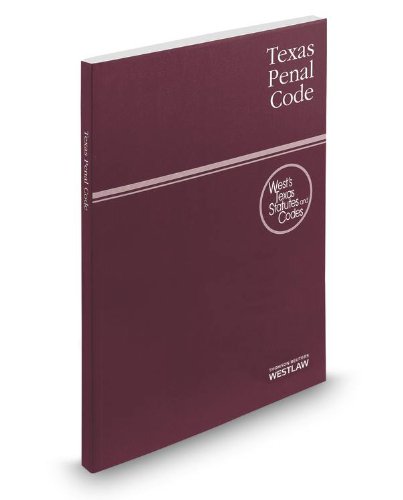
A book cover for Texas Penal Code 2014: With Tables and Index; Law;